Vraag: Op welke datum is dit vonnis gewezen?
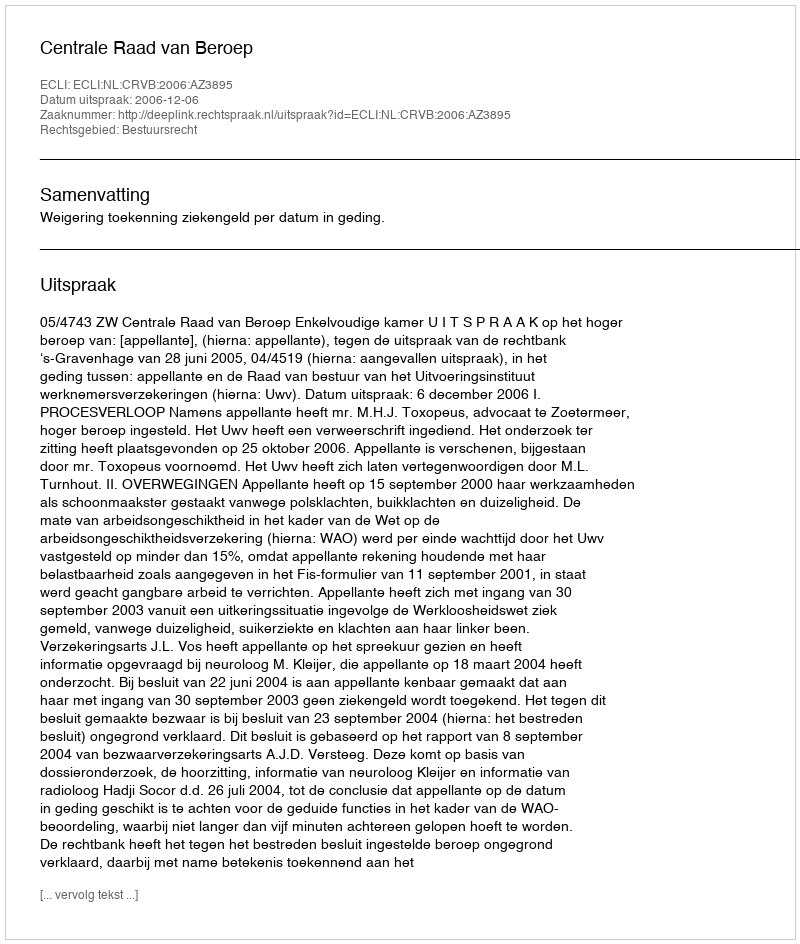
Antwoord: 2006-12-06